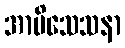
အာမိသေသနာ